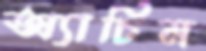
অ্যাচিম